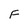
Character: F